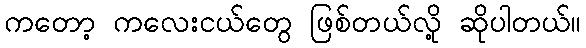
ကတော့ ကလေးငယ်တွေ ဖြစ်တယ်လို့ ဆိုပါတယ်။